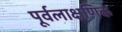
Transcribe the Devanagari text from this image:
पूर्वलाक्षणिक